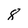
Character: 8